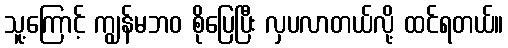
သူ့ကြောင့် ကျွန်မဘဝ စိုပြေပြီး လှပလာတယ်လို့ ထင်ရတယ်။